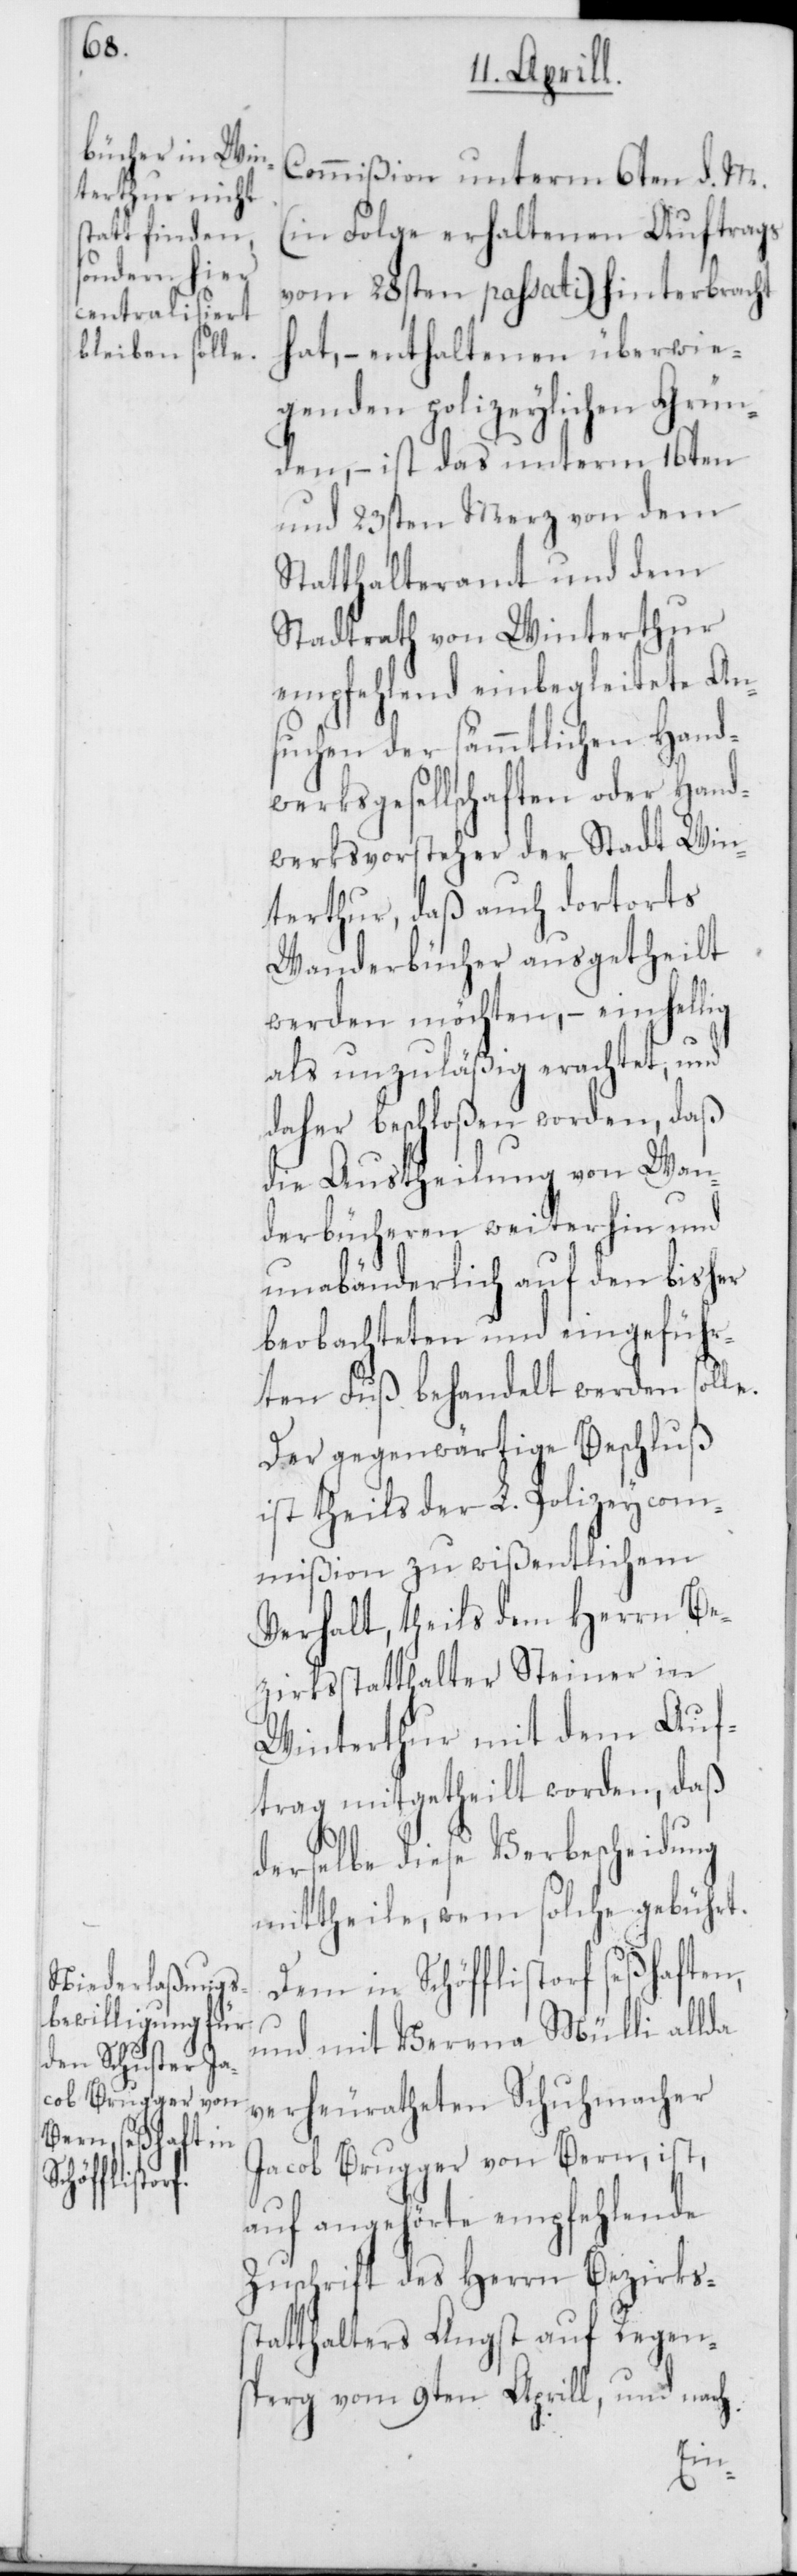
Commißion unterm 6ten d. M.
(in Folge erhaltenen Auftrags
vom 28sten passati) hinterbracht
hat, – enthaltenen überwie¬
genden polizeylichen Grün¬
den, – ist das unterm 16ten
und 23sten Merz von dem
Statthalteramt und dem
Stadtrath von Winterthur
empfehlend einbegleitete An¬
suchen der sämmtlichen Hand¬
werksgesellschaften oder Hand¬
werksvorsteher der Stadt Win¬
terthur, daß auch dortorts
Wanderbücher ausgetheilt
werden möchten, – einhellig
als unzuläßig erachtet, und
daher beschloßen worden, daß
die Austheilung von Wan¬
derbücheren weiterhin und
unabänderlich auf den bisher
beobachteten und eingeführ¬
ten Fuß behandelt werden solle.
Der gegenwärtige Beschluß
ist theils der L. Polizeycom¬
mißion zu wißentlichem
Verhalt, theils dem Herrn Be¬
zirksstatthalter Steiner in
Winterthur mit dem Auf¬
trag mitgetheilt worden, daß
derselbe diese Verbescheidung
mittheile, wem solche gebührt.
Dem in Schöfflistorf seßhaften
und mit Verena Mülli allda
verheuratheten Schuhmacher
Jacob Brugger von Bern, ist,
auf angehörte empfehlende
Zuschrift des Herrn Bezirkss¬
tatthalters Angst auf Regen¬
sberg vom 9ten Aprill, und nach